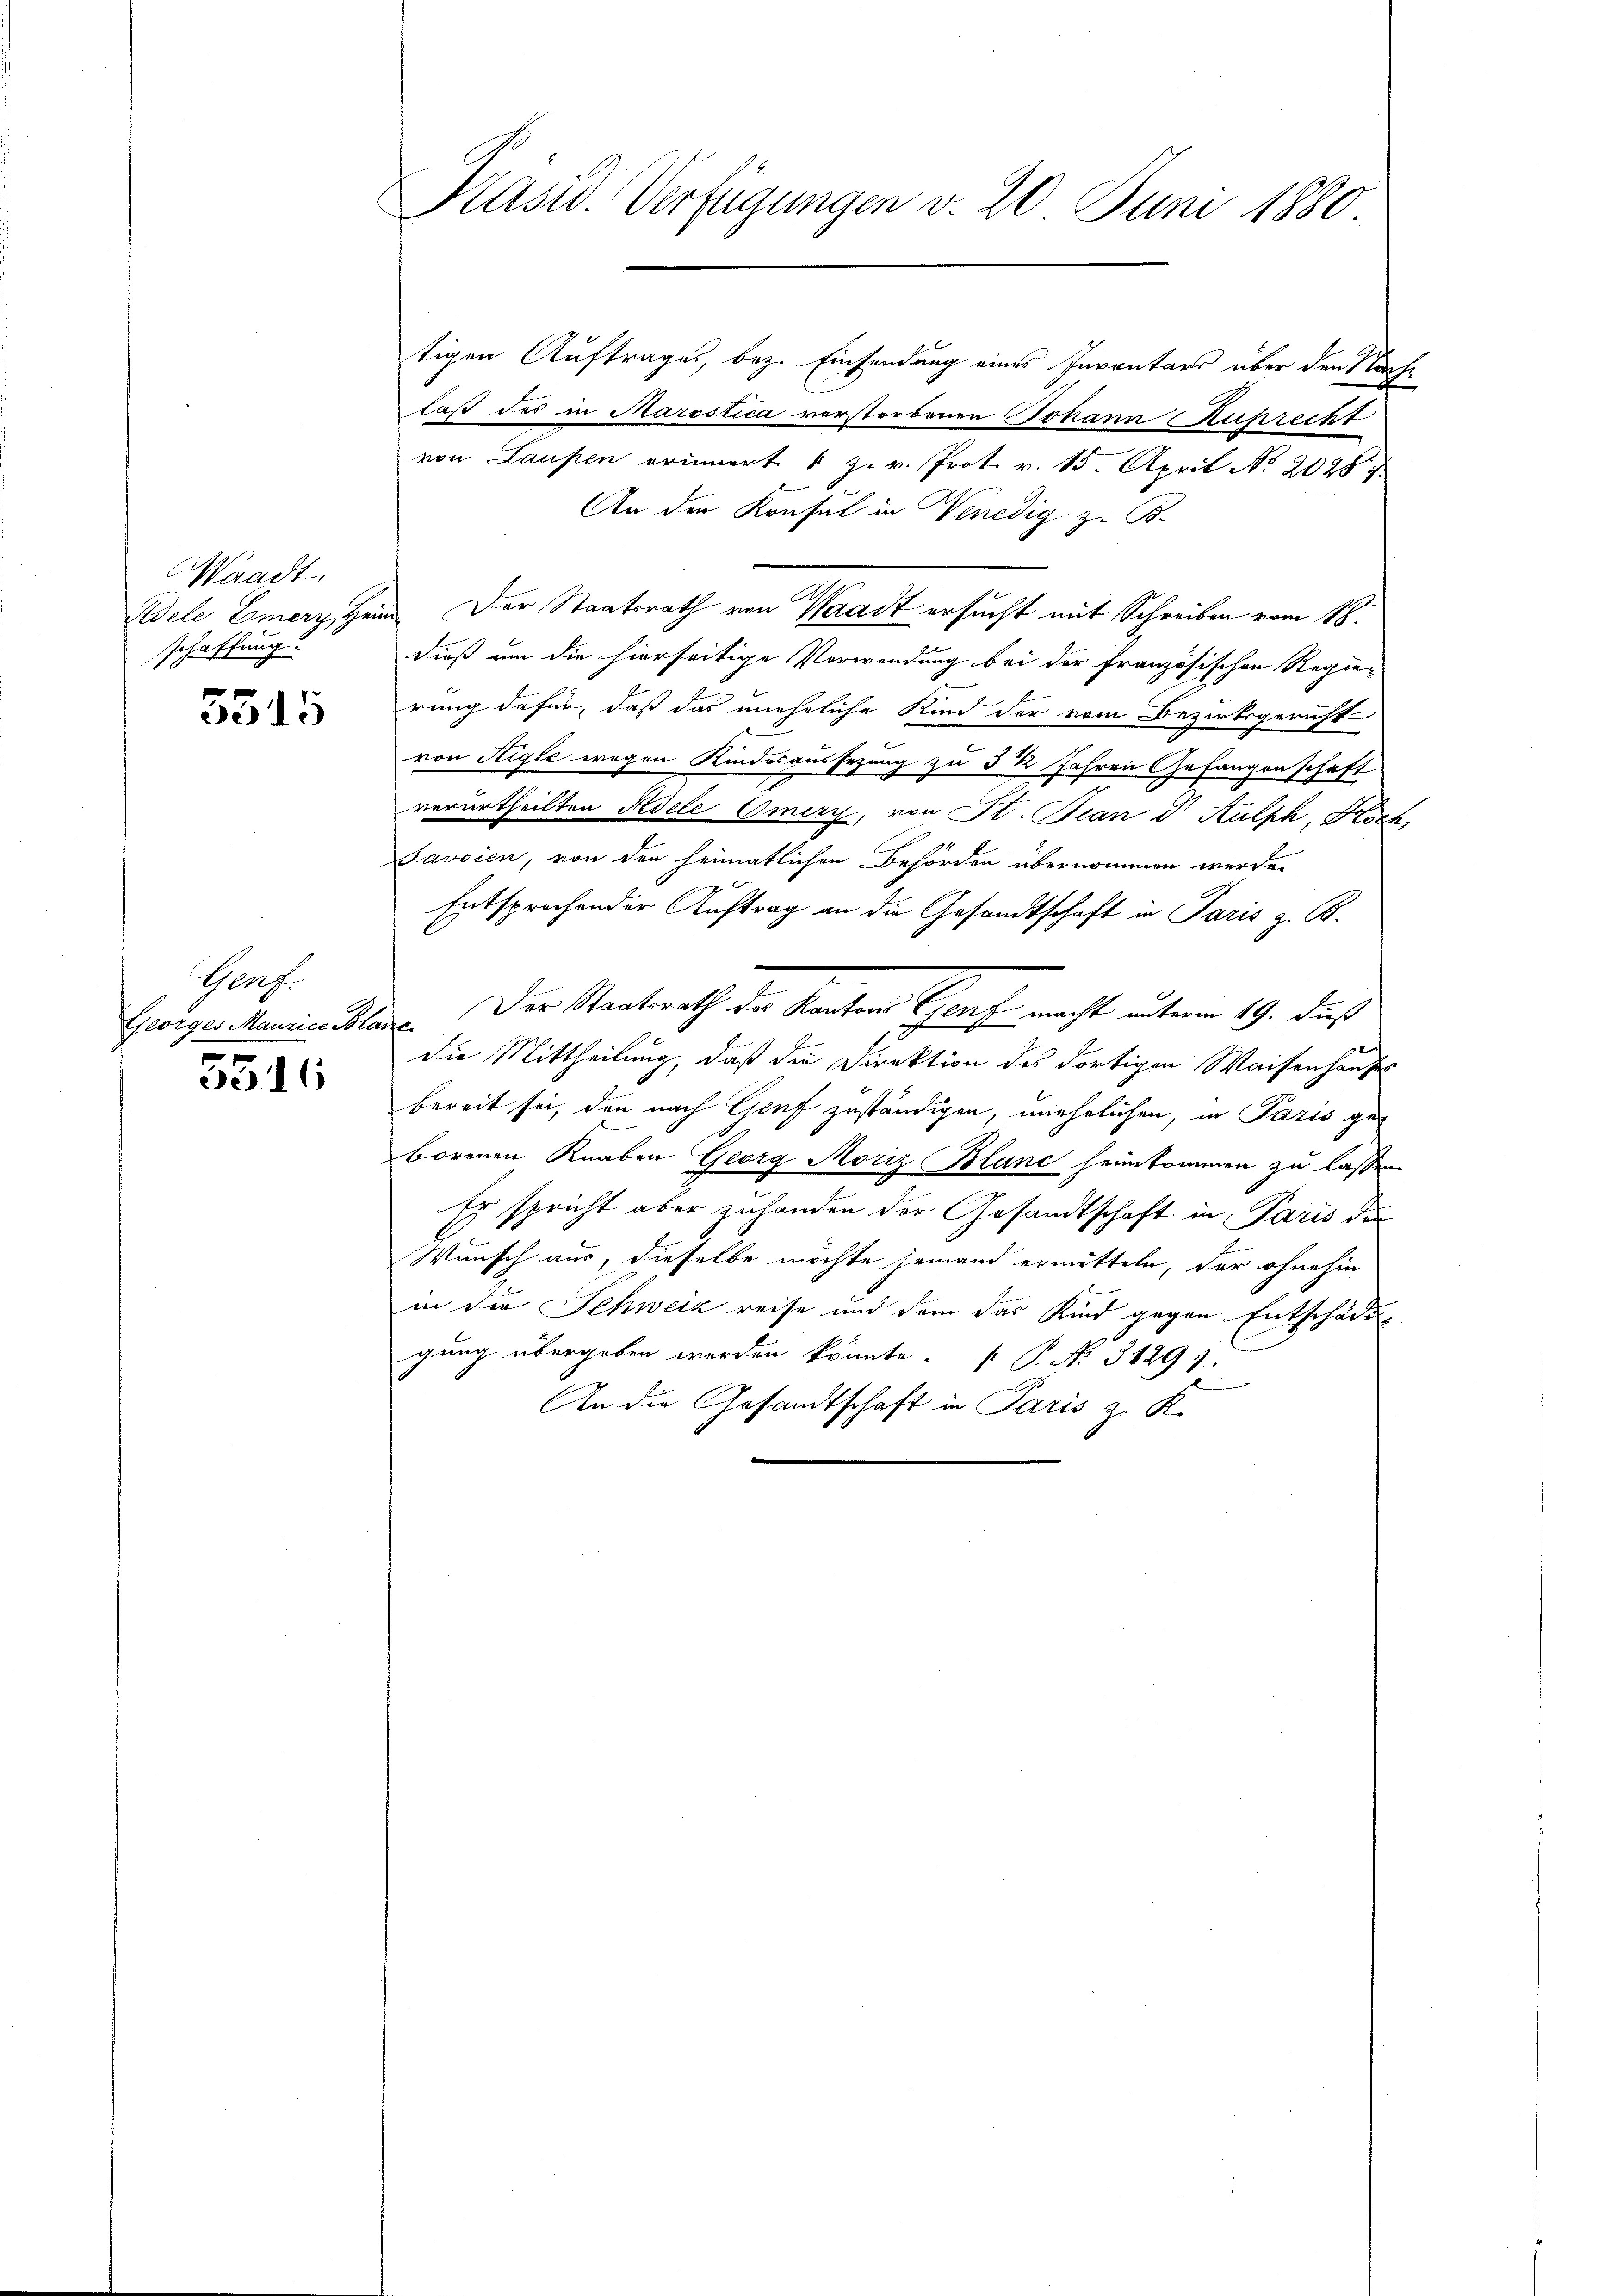
Waadt
schaffung

5515

Genf.
Georges Maurice Bli
e

206

Präsid. Verfügungen v. 20. Juni 1880.

tigen Auftrages, bez. Einsendung eines Inventars über den Nachlaß des in Marostica verstorbenen Johann Ruprecht
von Laupen erinnert u. z. v. Prot. v. 15. April No 20287
f
An den Konsul in Venedig z. B.
Adele Emerz, Heim. Der Staatsrath von Waadt ersucht mit Schreiben vom 18.
dieß um die hierseitige Verwendung bei der Französischen Regierung dafür, daß das uneheliche Kind der vom Bezirksgericht
von Aigle wegen Kindesaussezung zu § ½ Jahren Gefangenschaft
verurtheilten Adele Omery, von St. Jean & Aulph, Koch,
Javoien, von den heimatlichen Behörden übernommen werde.
erungen
Entsprechender Auftrag an die Gesandtschaft in Paris z. B.
Der Staatsrath der Kanton Genf macht unterm 19. dieß
i
die Mittheilung, daß die Direktion des dortigen Waisenhauses
bereit sei, den nach Genf zuständigen, unehelichen, in Paris geborenen Knaben Georg Moriz Blanc heimkommen zu lassen
Es spricht aber zuhanden der Gesandtschaft in Paris den
Wunsch aus, dieselbe möchte jemand ermitteln, der ohnehin
in die Schweiz reise und dem das Kind gegen Entschädigung übergeben werden könnte. P. Nr. 31297.
An die Gesandtschaft in Paris z. K.